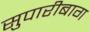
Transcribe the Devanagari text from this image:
सुपारीबाग